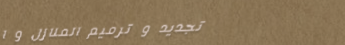
تجديد و ترميم المنازل و ا